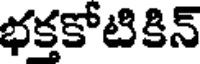
భక్తకోటికిన్